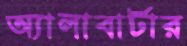
অ্যালাবার্টার